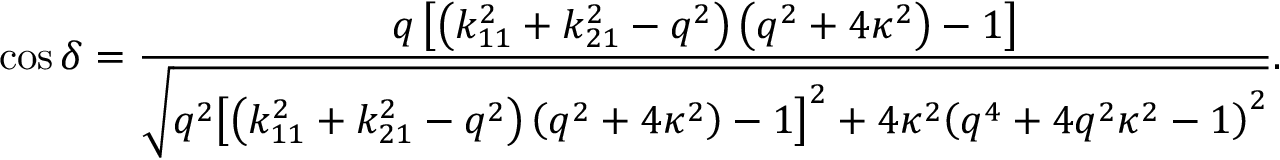
\cos \delta = \frac { { q \left[ { \left( { k _ { 1 1 } ^ { 2 } + k _ { 2 1 } ^ { 2 } - { q ^ { 2 } } } \right) \left( { { q ^ { 2 } } + 4 { \kappa ^ { 2 } } } \right) - 1 } \right] } } { { \sqrt { { q ^ { 2 } } { { \left[ { \left( { k _ { 1 1 } ^ { 2 } + k _ { 2 1 } ^ { 2 } - { q ^ { 2 } } } \right) \left( { { q ^ { 2 } } + 4 { \kappa ^ { 2 } } } \right) - 1 } \right] } ^ { 2 } } + 4 { \kappa ^ { 2 } } { { \left( { { q ^ { 4 } } + 4 { q ^ { 2 } } { \kappa ^ { 2 } } - 1 } \right) } ^ { 2 } } } } } .